画像に写った文字を読んでください
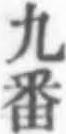
「九番」と書いてあります